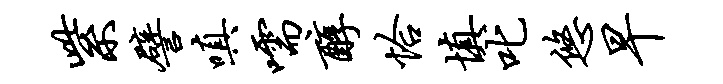
紫譬嗔嚅醇恰填叱悠早